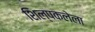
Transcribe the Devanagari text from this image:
शिल्पकलेला